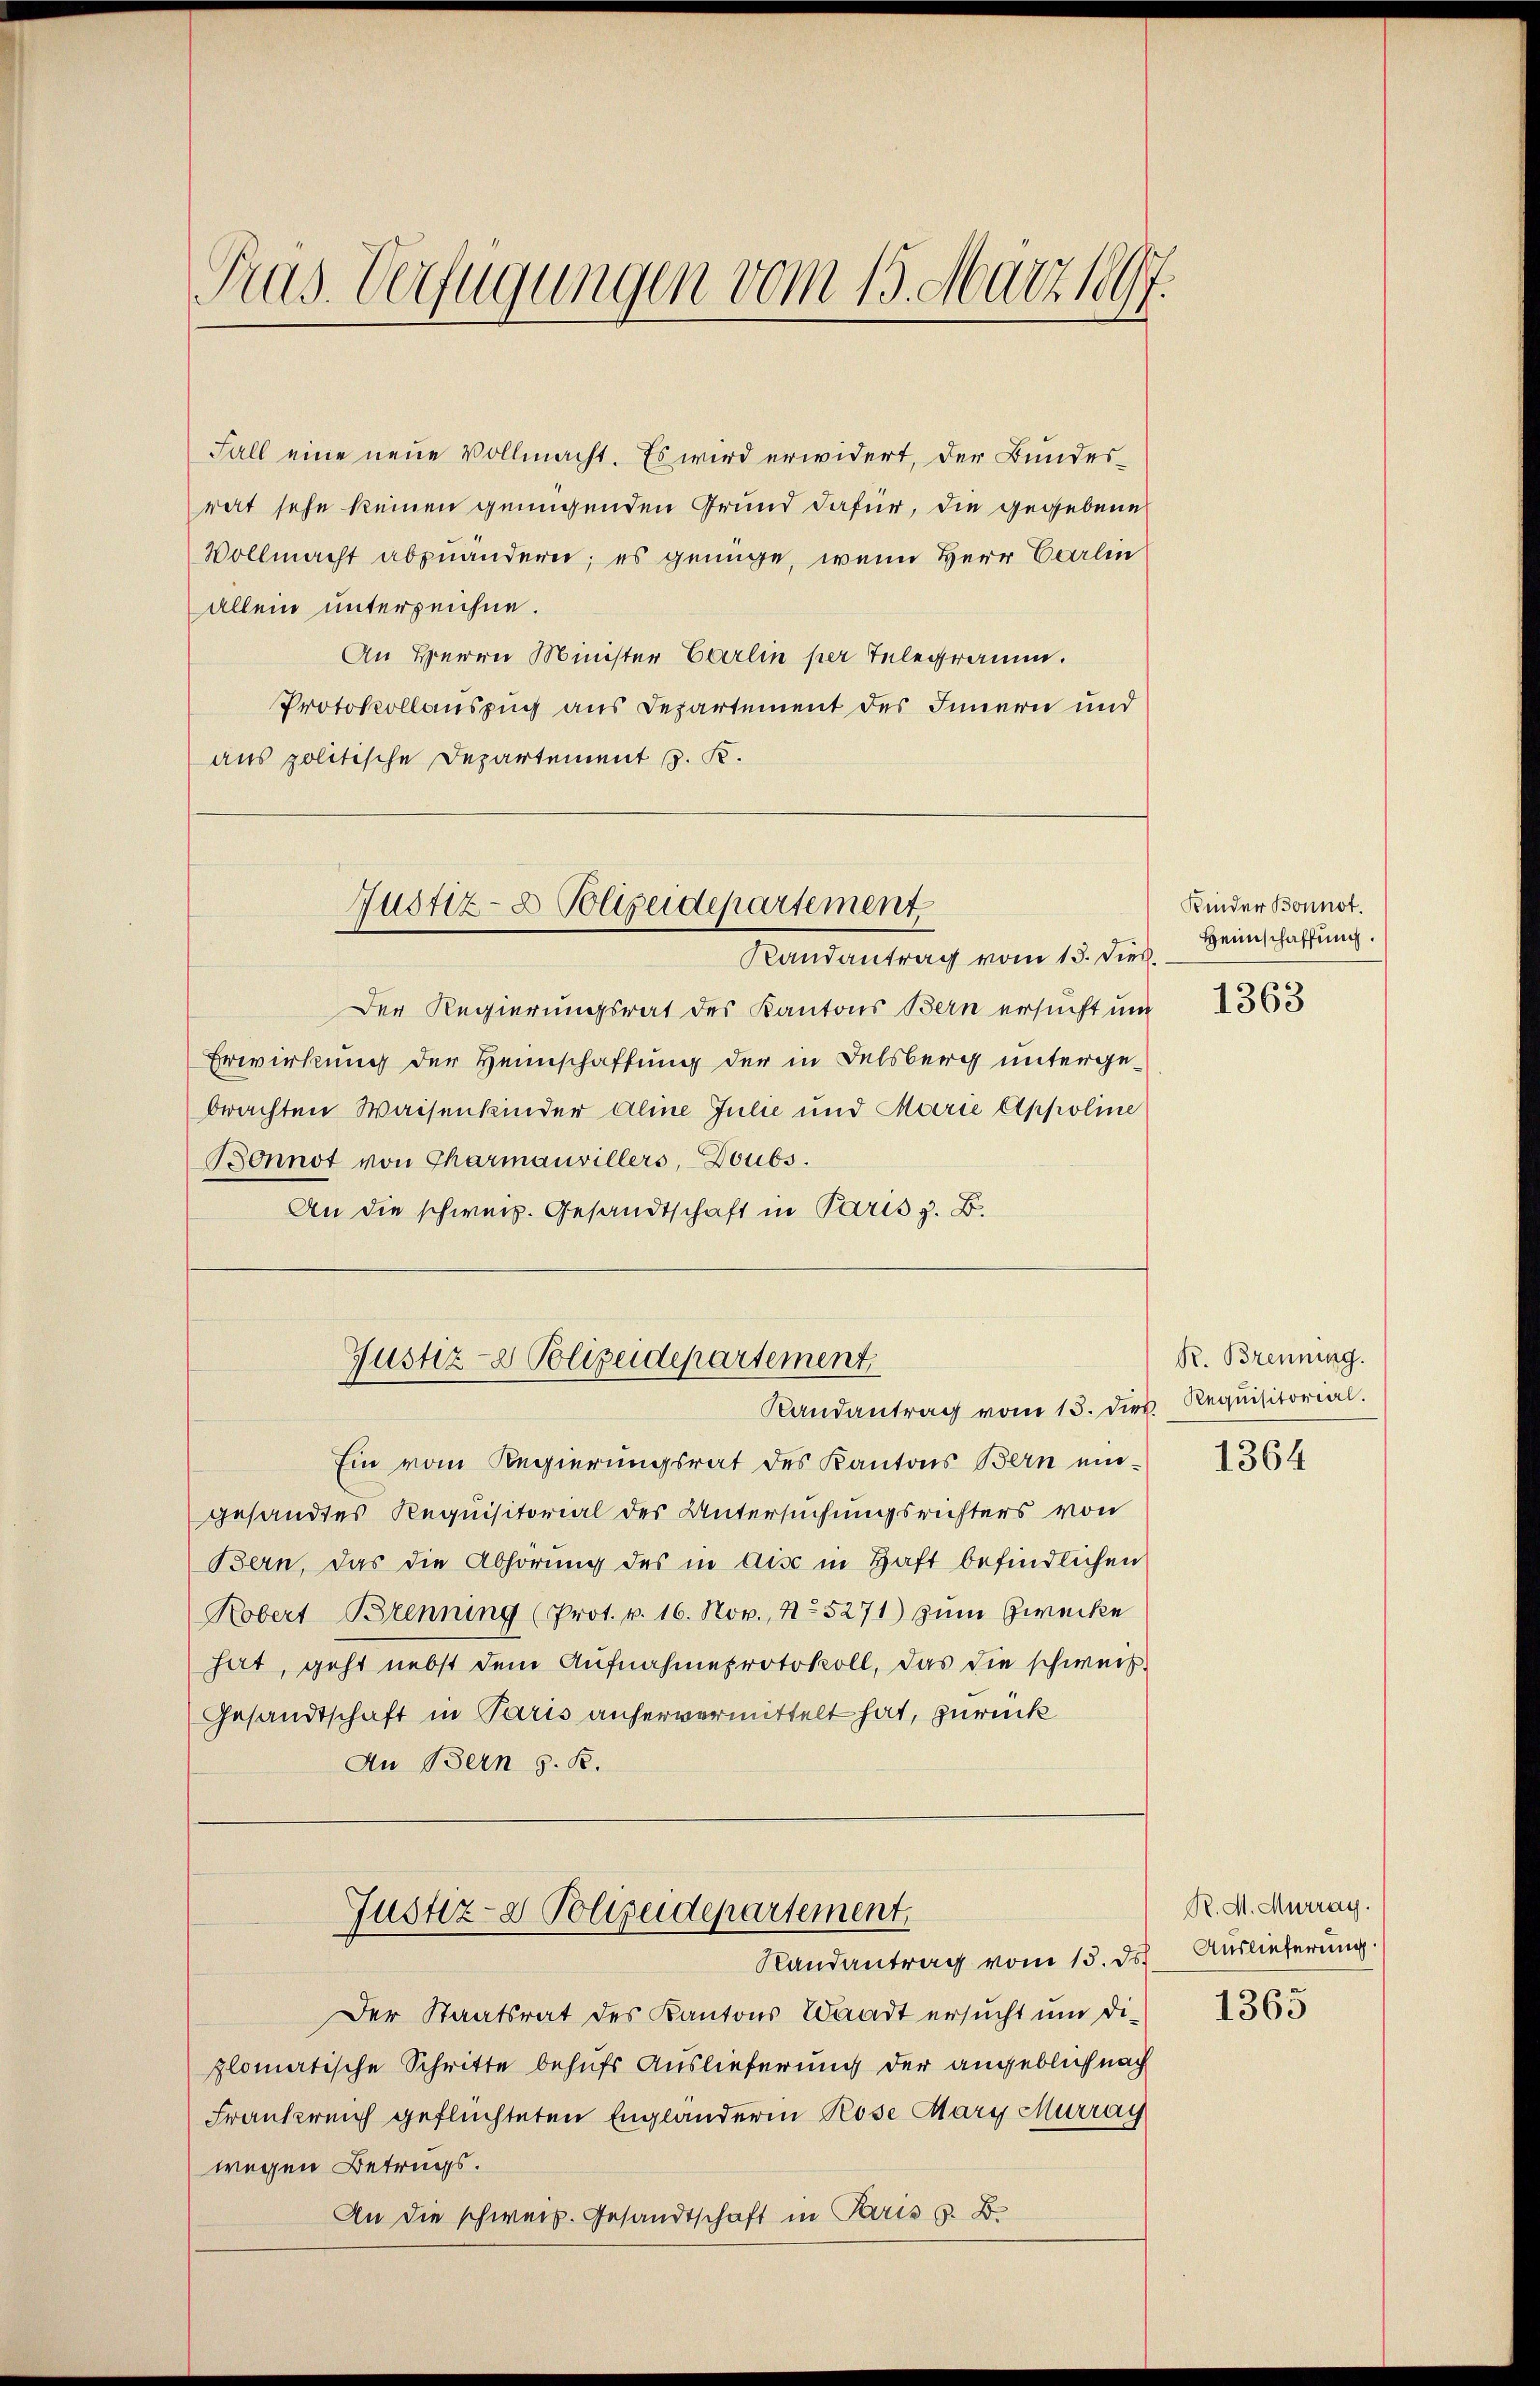
Prus. Verfügungen vom 13. März 1897.

Fall eine neue Vollmacht. Es wird erwidert, der Bundesrat sehe keinen genügenden Grund dafür, die gegebene
Vollmacht abzuändern; es genüge, wenn Herr Carlin
allein unterzeichne.
An Herrn Minister Carlin per Telegramm.
Protokollauszug aus Departement des Innern und
aus politische Departement J. K.

Justiz- & Polizeidepartement
Randantrag vom 15. Dies

Justiz- & Polizeidepartement
Randantrag vom 15. dies Requisitorial.

Der Regierungsrat des Kantons Bern ersucht und
Erwirkung der Heimschaffung der in Felsberg untergebrachten Waisenkinder Aline Julie und Marie Appoline
Bonnot von Tharmauvillers, Doubs.
An die schweiz. Gesandtschaft in Paris z. B.
Ein vom Regierungsrat des Kantons Bern eingesandtes Requisitorial des Untersuchungsrichters von
Bern, das die Abhörung des in dise in Haft befindlichen
Kobert Brennung (Prot. v. 16. Nov. 15271) zum Zwecke
hat, geht nebst dem Aufnahmeprotokoll, das die schweis
Gesandtschaft in Paris anhervermittelt hat, zurück
An Bern J. R.

Justiz- & Polizeidepartement.
Randantrag vom 15. ds.

Der Staatsrat des Kantons Waadt ersucht um di-
plomatische Schritte behufs Auslieferung der angeblich nach
Frankreich geflüchteten Engländerin Rose Mary Murray
wegen Betrags.
An die schweiz. Gesandtschaft in Paris s. B.

Kinder Bonnot.
Heimschaffung.
1363

R. Brennung.

1364

R. M. Murray.
Auslieferung.

1363